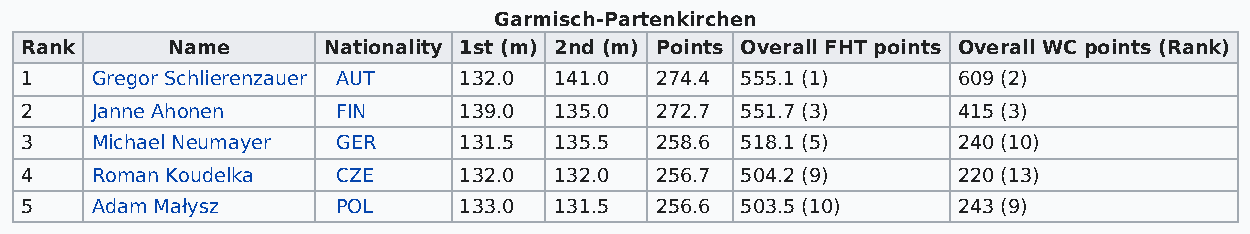
Garmisch-Partenkirchen
 Rank      Name      Nationality 1st (m) 2nd (m) Points Overall FHT points Overall WC points (Rank)
 1    Gregor Schlierenzauer AUT 132.0 141.0 274.4 555.1 (1)    609 (2)
 2    Janne Ahonen    FIN     139.0  135.0 272.7 551.7 (3)     415 (3)
 3    Michael Neumayer GER    131.5  135.5 258.6 518.1 (5)     240 (10)
 4    Roman Koudelka  CZE     132.0  132.0 256.7 504.2 (9)     220 (13)
 5    Adam Małysz     POL     133.0  131.5 256.6 503.5 (10)    243 (9)